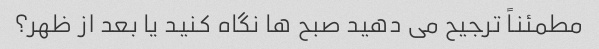
مطمئناً ترجیح می دهید صبح ها نگاه کنید یا بعد از ظهر؟